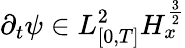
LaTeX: \partial_{t}\psi\in L_{[0,T]}^{2}H_{x}^{\frac{3}{2}}